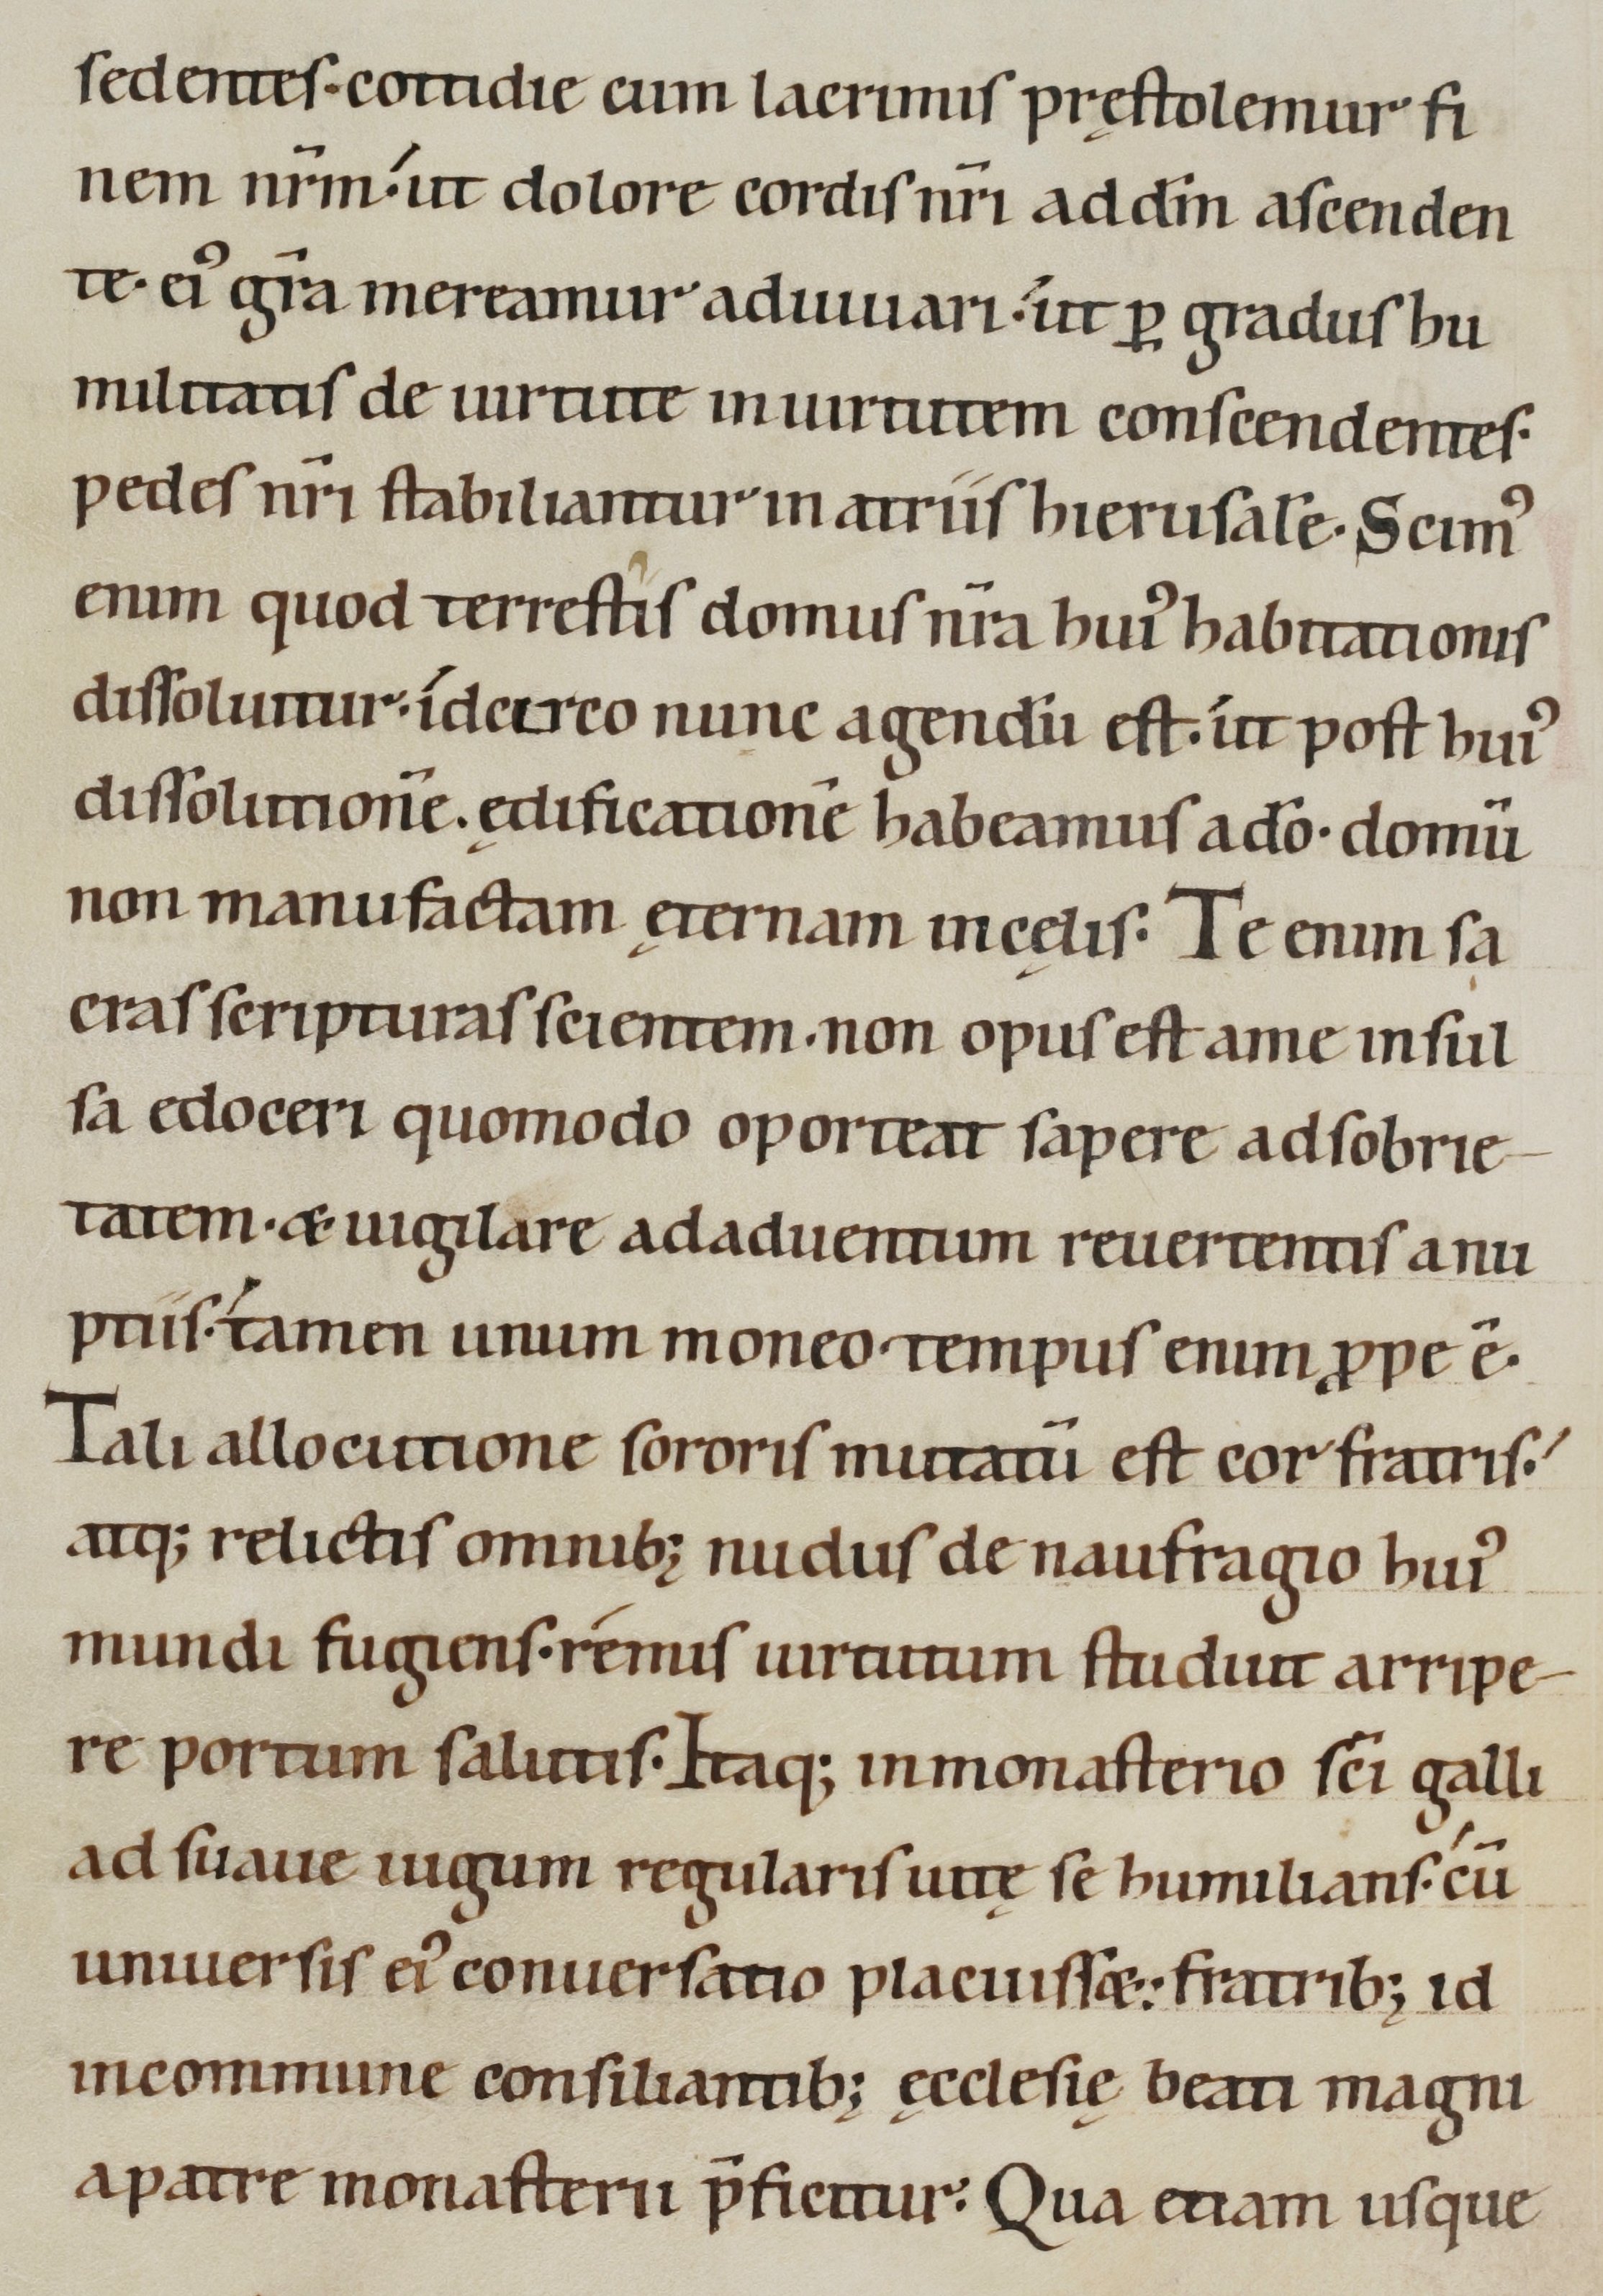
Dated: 1100–1199